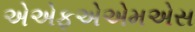
એએફએએમએસ